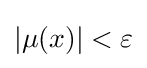
|\mu (x)|<\varepsilon